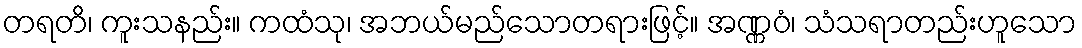
တရတိ၊ ကူးသနည်း။ ကထံသု၊ အဘယ်မည်သောတရားဖြင့်။ အဏ္ဏဝံ၊ သံသရာတည်းဟူသော